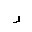
Letter: _ra